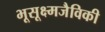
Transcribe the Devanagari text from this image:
भूसूक्ष्मजैविकी